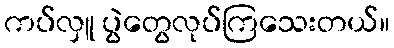
ကပ်လှူ ပွဲတွေလုပ်ကြသေးတယ်။